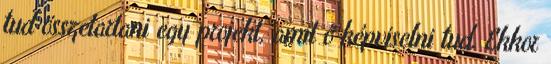
tud összetartani egy projekt, amit ő képviselni tud. Ekkor